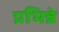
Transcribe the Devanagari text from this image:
प्रभिन्ने